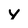
Character: v